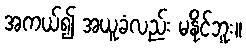
အကယ်၍ အယူခံလည်း မနိုင်ဘူး။